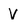
Character: V